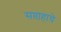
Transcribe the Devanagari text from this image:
सप्ताहाचे